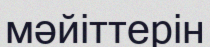
мәйіттерін